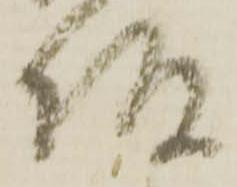
坂